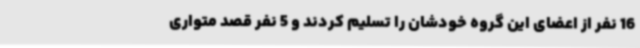
16 نفر از اعضای این گروه خودشان را تسلیم کردند و 5 نفر قصد متواری